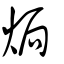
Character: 焗